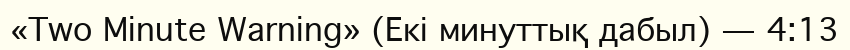
«Two Minute Warning» (Екі минуттық дабыл) — 4:13